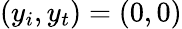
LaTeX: (y_{i},y_{t})=(0,0)